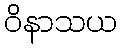
ဝိနာသယ